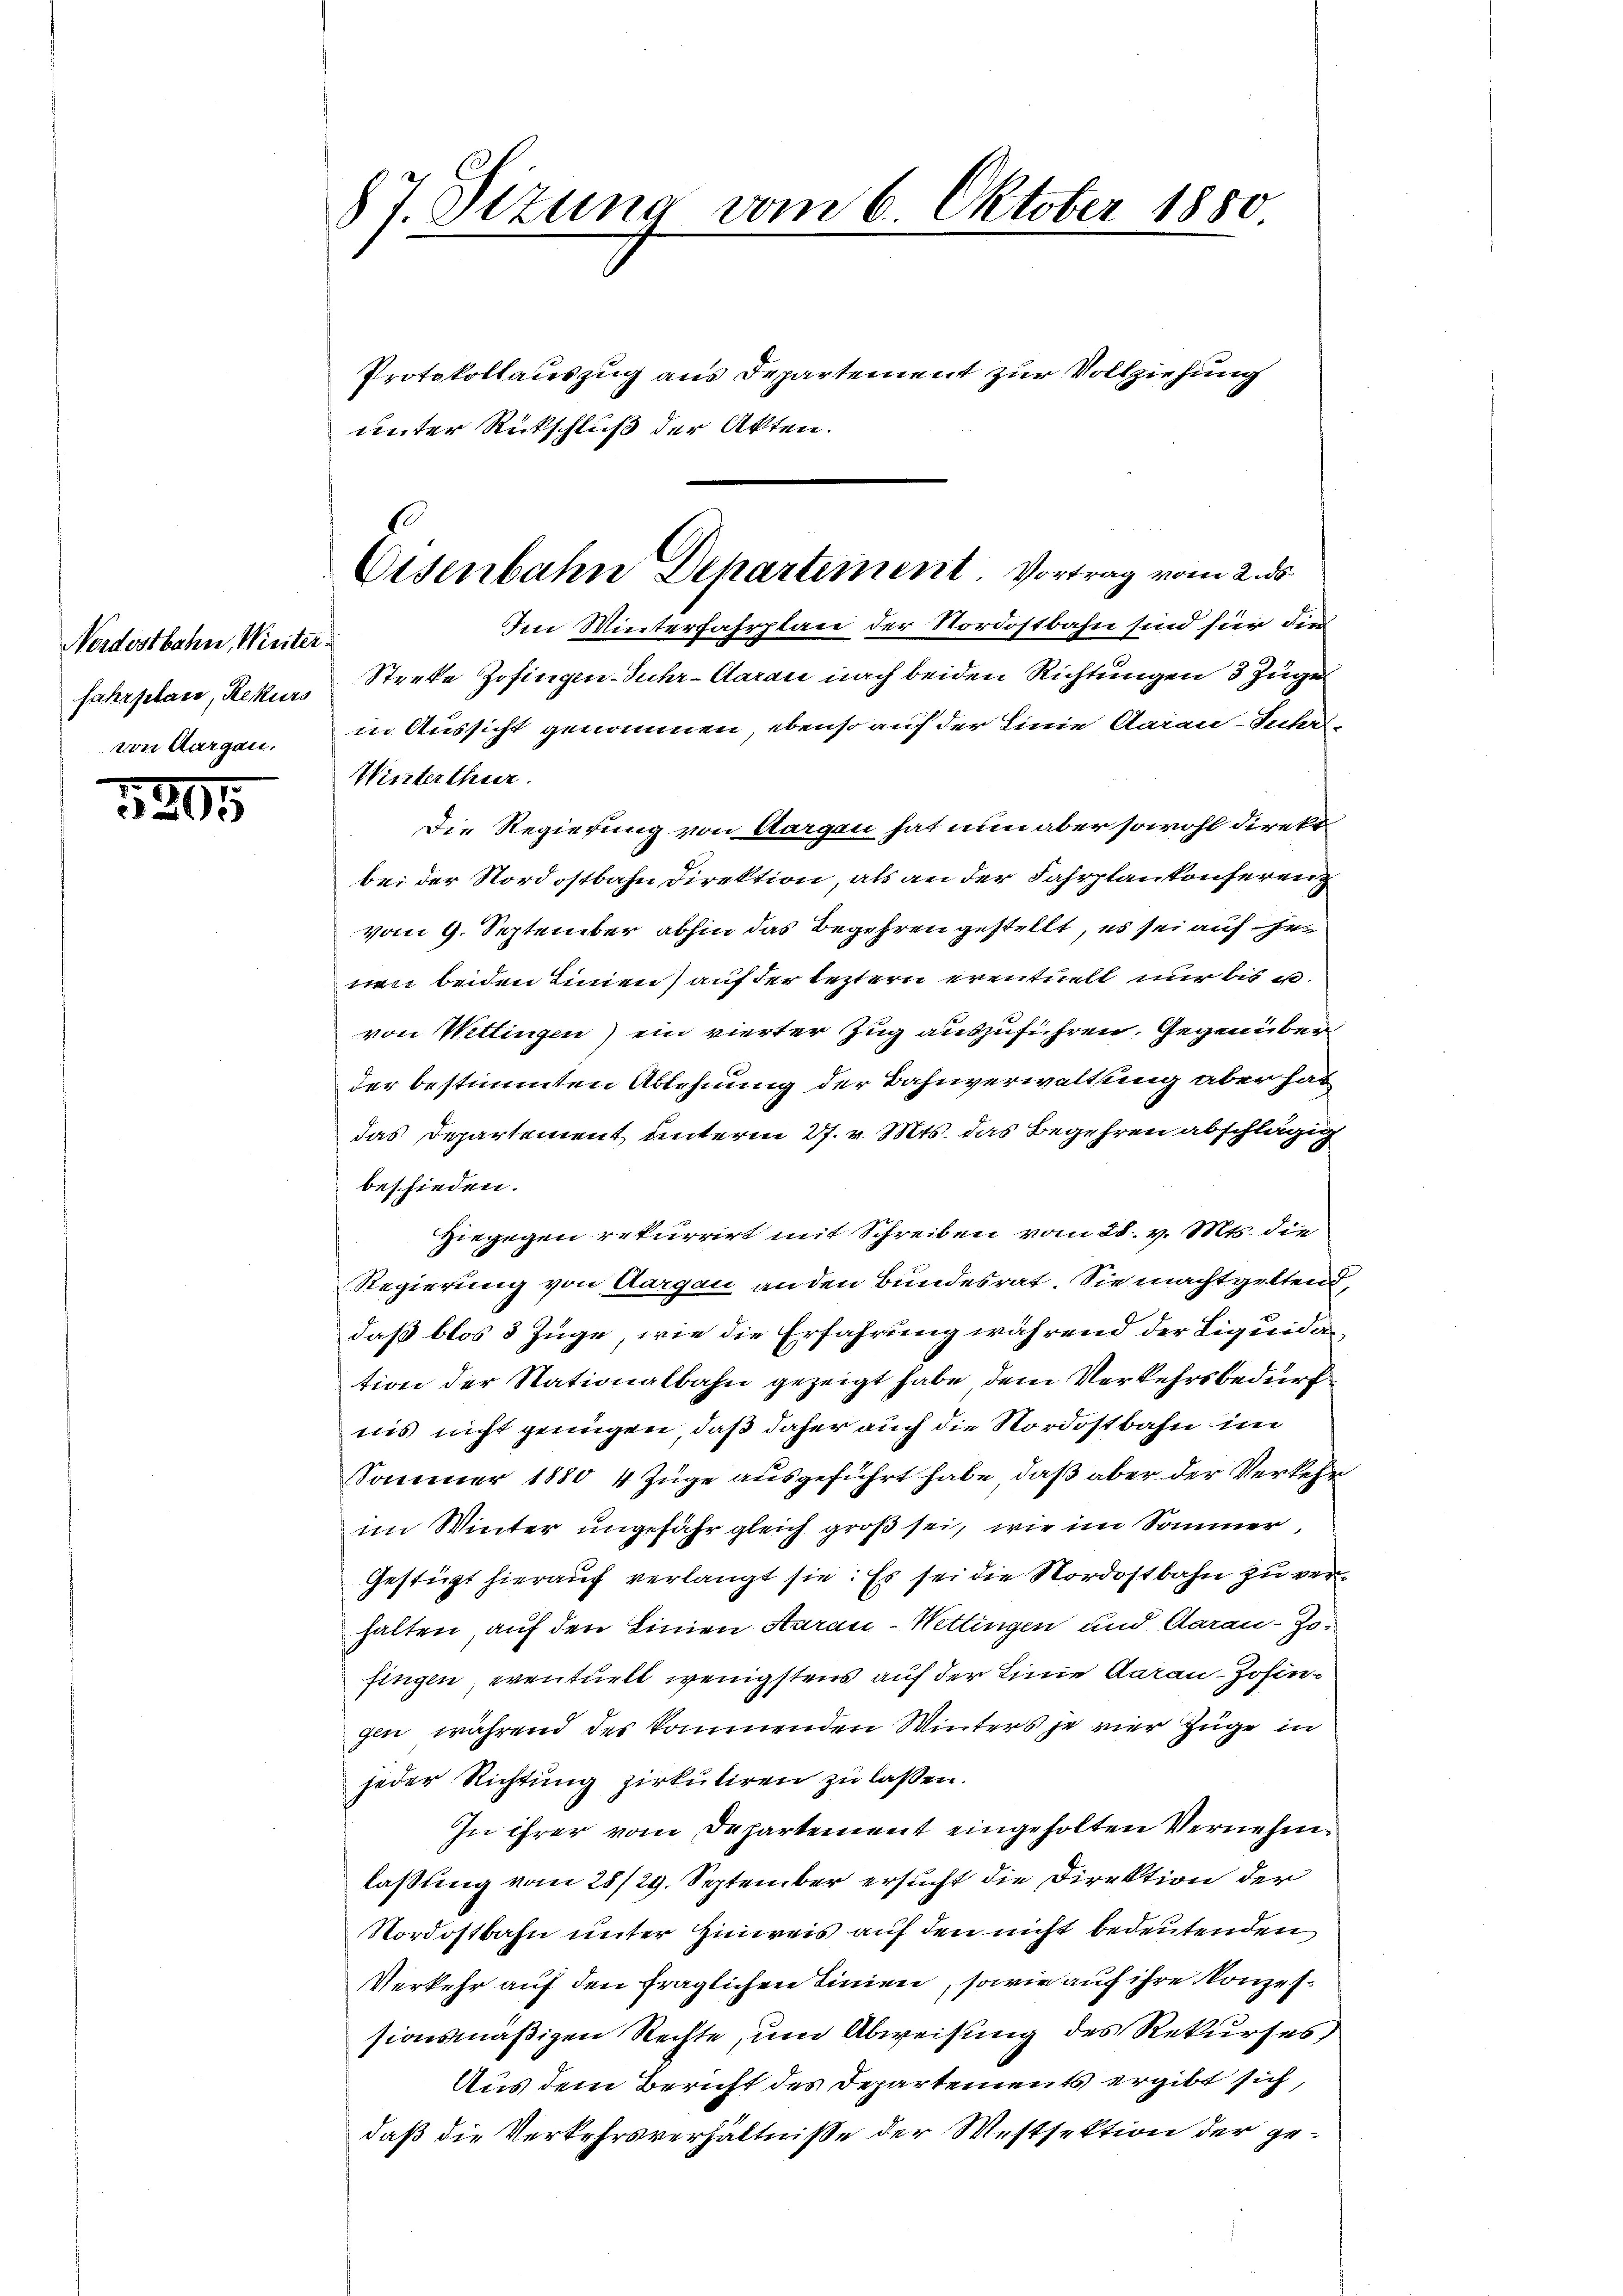
Nordostbahn, Winter
von Aargau.

1205

87. Sizung vom 6. Oktober 1880.

Protokollauszug aus Departement zur Vollziehung
unter Rückschluß der Akten.
Im Winterfahrplan der Nordostbahn sind für die
fahrplan, Rekurs Streke Zofingen-Juhr-Aarau nach beiden Richtungen 3 Züge
in Aussicht genommen, ebenso auf der Linie Aarau-Juhr-
Winterthur.
Die Regierung von Aargau hat nun aber sowohl direkt
bei der Nordostbahn Direktion, als an der Fahrplankonferenz
vom 9. September abhin das Begehren gestellt, es sei auf her
en beiden Linien) auf der leztern eventuell nur bis u.
von Wettingen) ein vierter Zug auszuführen. Gegenüber
der bestimmten Ablehnung der Bahnverwaltung aber hat
das Departement unterm 27. v. Mts. das Begehren abschlägig
beschieden.
Hiegegen rekurrirt mit Schreiben vom 28. v. Mts. die
Regierung von Aargau an den Bundesrat. Sie machtgeltend,
daß blos 3 Züge, wie die Erfahrung während der Liquidation der Nationalbahn gezeigt habe, dem Verkehrsbedurf
nis nicht genügen, daß daher auch die Nordostbahn im
Sommer 1880 4 Züge ausgeführt habe, daß aber der Verkehr
im Winter ungefähr gleich groß sei, wie im Sommer,
Gestügt hierauf verlangt sie: Es sei die Nordostbahn zu verhalten, auf den Linien Aarau - Wettingen und Aarau-Zo-
fingen eventuelt wenigstens auf der Linie daran-Johingen, während des kommenden Winters je vier Züge in
jeder Richtung zirkuliren zu lassen.
In ihrer vom Departement eingeholten Vernehmlassung vom 28/29. September ersucht die Direktion der
Nordostbahn unter Hinweis auf den nicht bedeutenden
Verkehr auf den fraglichen Linien, sowie auf ihre Konzessionsmäßigen Rechte, um Abweisung des Rekurses
Aus dem Bericht des Departements ergibt sich,
daß die Verkehrsverhältniße der Westsektion der ge¬

Eisenbahn Departement. Vortrag vom 2. ds.